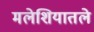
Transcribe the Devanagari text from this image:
मलेशियातले